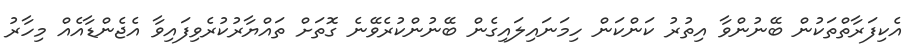
އެކިފަރާތްތަކުން ބޭނުންވާ އިތުރު ކަންކަން ހިމަނައިލައިގެން ބޭނުންކުރެވޭނެ ގޮތަށް ތައްޔާރުކުރެވިފައިވާ އެޖެންޑާއެއް މިހާރު